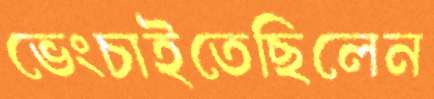
ভেংচাইতেছিলেন